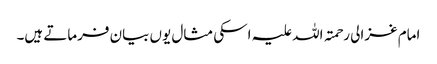
امام غزالی رحمتہ اللہ علیہ اسکی مثال یوں بیان فرماتے ہیں۔